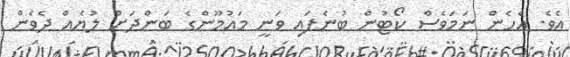
އެވެ. އެހެން ނަމަވެސް ކޯޓުން ބުނެފައި ވަނީ މައުމޫންގެ ބަންދަށް ލުޔެއް ދެވެން